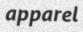
apparel